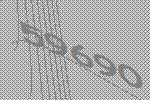
59690